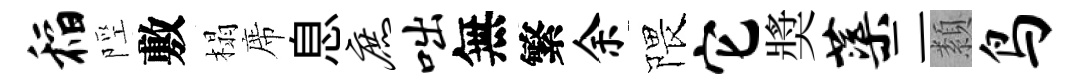
稻陘敷榻席息庶咄無繁余隈它奬蕖二纇鸟